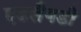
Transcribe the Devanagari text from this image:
एडलैयडी